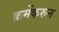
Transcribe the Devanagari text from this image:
क्रमेंकरुन